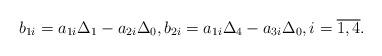
LaTeX: \begin{align*} b_{1i} = a_{1i} \Delta_1 - a_{2 i} \Delta_0, b_{2i} = a_{1i} \Delta_4 - a_{3 i} \Delta_0, i = \overline{1, 4}.\end{align*}